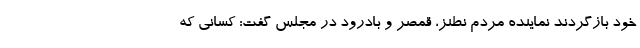
خود بازگردند نماینده مردم نطنز، قمصر و بادرود در مجلس گفت: کسانی که